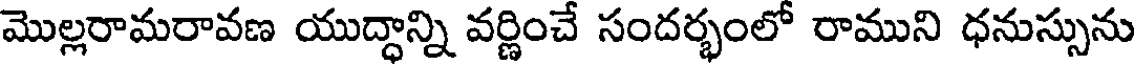
మొల్లరామరావణ యుద్ధాన్ని వర్ణించే సందర్భంలో రాముని ధనుస్సును